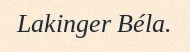
Lakinger Béla.